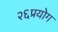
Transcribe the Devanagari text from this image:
२६प्रयोग